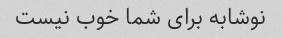
نوشابه برای شما خوب نیست